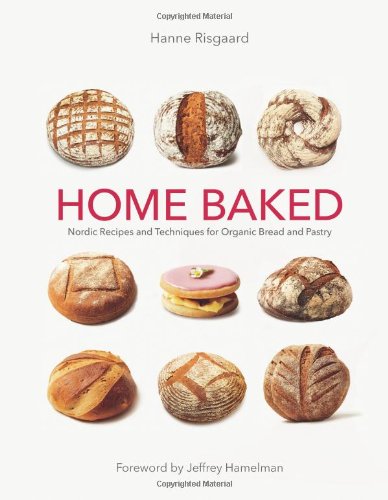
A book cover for Home Baked: Nordic Recipes and Techniques for Organic Bread and Pastry; Hanne Risgaard; Cookbooks, Food & Wine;